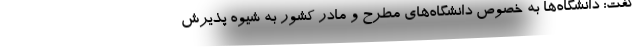
گفت: دانشگاه‌ها به خصوص دانشگاه‌های مطرح و مادر کشور به شیوه پذیرش